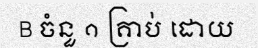
B ចំនួ ១ គ្រាប់ ដោយ